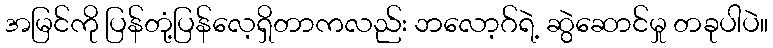
အမြင်ကို ပြန်တုံ့ပြန်လေ့ရှိတာကလည်း ဘလော့ဂ်ရဲ့ ဆွဲဆောင်မှု တခုပါပဲ။